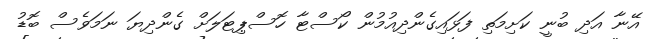
އޭނާ އަދި ބުނީ ކަށިމަތި ފަޅައިގެންދިއުމުން ކޯސްޓާ ހޮސްޕިޓަލަށް ގެންދިޔަ ނަމަވެސް ބޮޑު